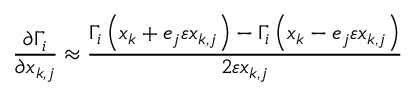
\frac { \partial \Gamma _ { i } } { \partial x _ { k , j } } \approx \frac { \Gamma _ { i } \left( x _ { k } + e _ { j } \varepsilon x _ { k , j } \right) - \Gamma _ { i } \left( x _ { k } - e _ { j } \varepsilon x _ { k , j } \right) } { 2 \varepsilon x _ { k , j } }